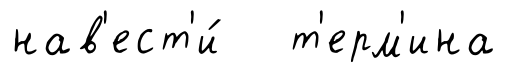
нав'ест'и́ т'ерм'ина